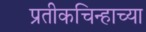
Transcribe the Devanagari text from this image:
प्रतीकचिन्हाच्या